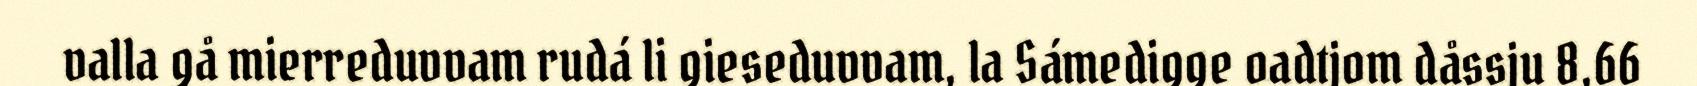
valla gå mierreduvvam rudá li gieseduvvam, la Sámedigge oadtjom dåssju 8,66